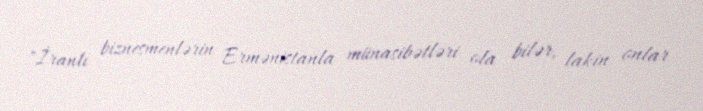
"İranlı biznesmenlərin Ermənistanla münasibətləri ola bilər, lakin onlar